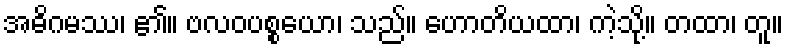
အဓိဂမဿ၊ ၏။ ဗလဝပစ္စယော၊ သည်။ ဟောတိယထာ၊ ကဲ့သို့။ တထာ၊ တူ။